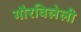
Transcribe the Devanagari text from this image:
गौरविलेली